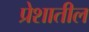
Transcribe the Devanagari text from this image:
प्रेशातील